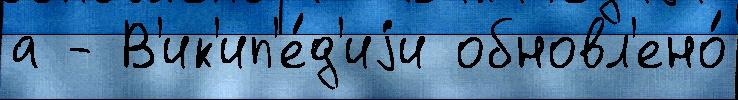
а - В'ик'ип'е́д'иjи обновл'ено́